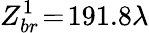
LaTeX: Z_{br}^{1}\! =\! 191.8\lambda